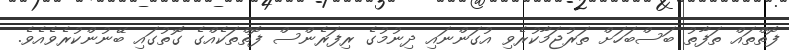
ފޮތްތައް ތަފާތު ބަސްބަހަށް ތަރުޖަމާކުރެވި އުގަންނައި ދިނުމުގެ ރިފަރެންސް ފޮތްތަކެއްގެ ގޮތުގައި ބޭނުންކުރެވެއެވެ.